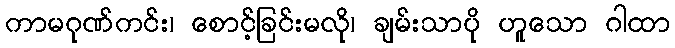
ကာမဂုဏ်ကင်း၊ စောင့်ခြင်းမလို၊ ချမ်းသာပို ဟူသော ဂါထာ